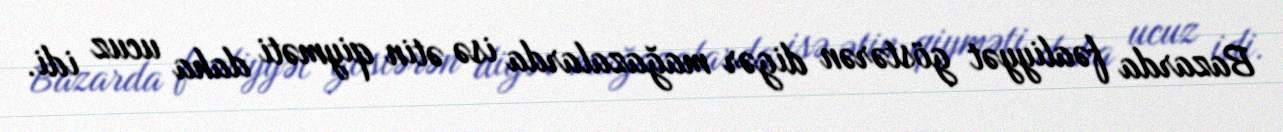
Bazarda fəaliyyət göstərən digər mağazalarda isə ətin qiyməti daha ucuz idi.